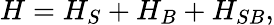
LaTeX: H=H_{S}+H_{B}+H_{SB},